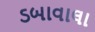
ડબાવાલા